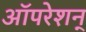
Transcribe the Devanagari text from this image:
ऑपरेशन्